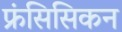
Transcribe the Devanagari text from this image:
फ्रंसिसिकन